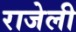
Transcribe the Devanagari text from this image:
राजेली